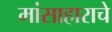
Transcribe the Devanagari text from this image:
मांसाहाराचे